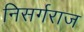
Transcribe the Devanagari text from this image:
निसर्गराज